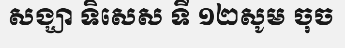
សង្ឃា ទិសេស ទី ១២សូម ចុច